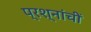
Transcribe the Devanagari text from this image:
प्रश्नांचीं